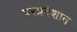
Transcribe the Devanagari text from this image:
परप्रदेशात